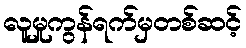
လူမှုကွန်ရက်မှတစ်ဆင့်